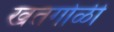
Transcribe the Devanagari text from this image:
खतगोळी